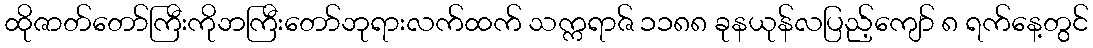
ထိုဇာတ်တော်ကြီးကိုဘကြီးတော်ဘုရားလက်ထက် သက္ကရာဇ် ၁၁၈၈ ခုနယုန်လပြည့်ကျော် ၈ ရက်နေ့တွင်